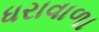
ધરાવાળા